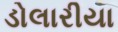
ડોલારીયા